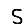
Digit: 5